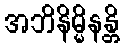
အဘိနိမ္မိနန္တိ